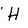
Character: H